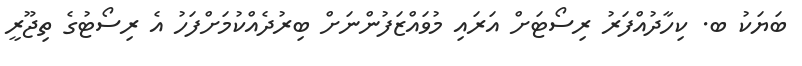
ބަޔަކު ބ. ކިހާދުއްފަރު ރިސޯޓަށް އަރައި މުވައްޒަފުންނަށް ބިރުދެއްކުމަށްފަހު އެ ރިސޯޓުގެ ތިޖޫރީ